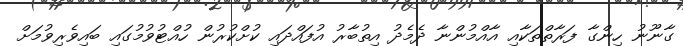
ގާނޫނު ހިންގާ ފަރާތްތަކާއި އާއްމުންނާ ދެމެދު އިތުބާރު އުފައްދައި ކުށްކުރުން ހުއްޓުވުމުގައި ބައިވެރިވުމަށް